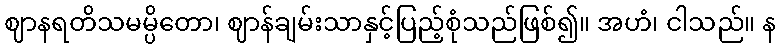
ဈာနရတိသမမ္ပိတော၊ ဈာန်ချမ်းသာနှင့်ပြည့်စုံသည်ဖြစ်၍။ အဟံ၊ ငါသည်။ န